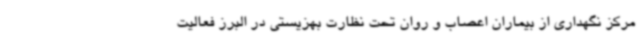
مرکز نگهداری از بیماران اعصاب و روان تحت نظارت بهزیستی در البرز فعالیت